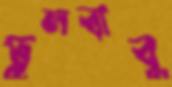
ভুলবাবু